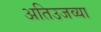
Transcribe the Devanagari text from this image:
अतिउजव्या